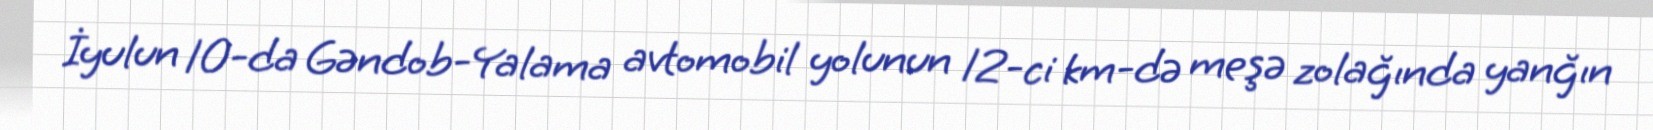
İyulun 10-da Gəndob-Yalama avtomobil yolunun 12-ci km-də meşə zolağında yanğın